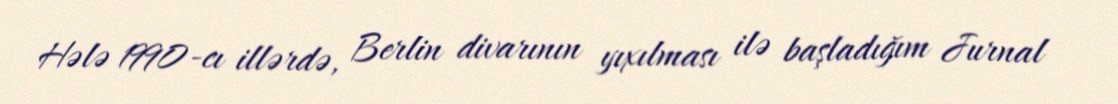
Hələ 1990-cı illərdə, Berlin divarının yıxılması ilə başladığım Jurnal